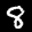
Label: 8